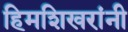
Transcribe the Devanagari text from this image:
हिमशिखरांनी